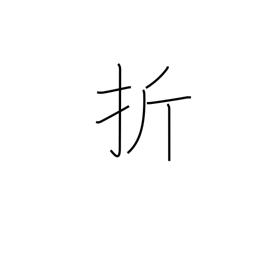
Meaning: submit